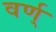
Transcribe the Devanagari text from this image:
वर्ण्